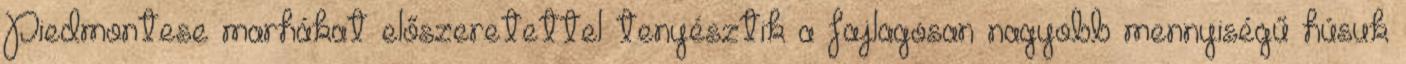
Piedmontese marhákat előszeretettel tenyésztik a fajlagosan nagyobb mennyiségű húsuk